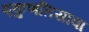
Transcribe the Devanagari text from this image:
एकुणतिसावा